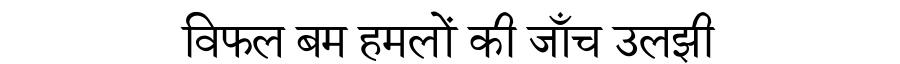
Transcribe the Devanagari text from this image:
विफल बम हमलों की जाँच उलझी